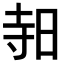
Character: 𪰛